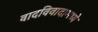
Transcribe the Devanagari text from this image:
वादविवादामध्ये